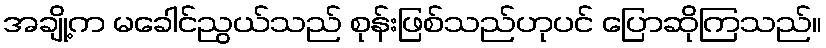
အချို့က မခေါင်ညွယ်သည် စုန်းဖြစ်သည်ဟုပင် ပြောဆိုကြသည်။